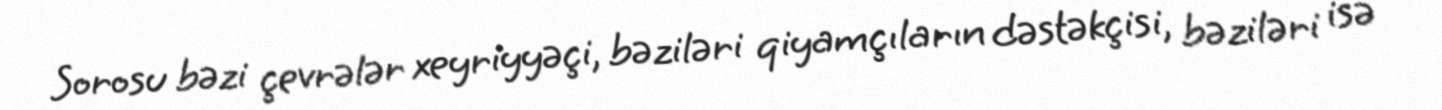
Sorosu bəzi çevrələr xeyriyyəçi, bəziləri qiyamçıların dəstəkçisi, bəziləri isə